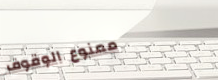
ممنوع الوقوف